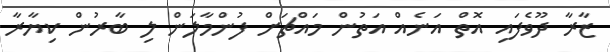
ޒާރާ ދޫވެފައި އޮތް އަނެއް އަތުން މައްޗަށް ފުންމާލަން ލި ބާރުން ކިޔާރާ